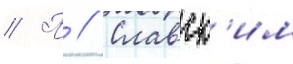
// П // Славск'им